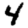
Digit: 4